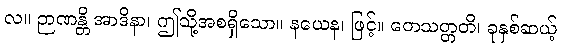
လ။ ဉာဏန္တိ အာဒိနာ၊ ဤသို့အစရှိသော။ နယေန၊ ဖြင့်။ တေသတ္တတိ၊ ခုနှစ်ဆယ့်